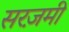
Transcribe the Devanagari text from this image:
सरज़मी